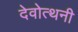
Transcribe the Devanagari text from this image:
देवोत्थनी